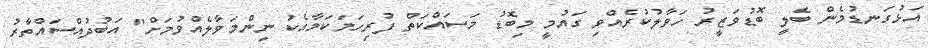
އަޅުގަނޑުމެން ބެލީ ބޮޑުވަޒީރު ހަވާލުކުރެއްވި ގައުމީ މިބޮޑު މަސައްކަތް ފުރިހަމަކަމާއެކު ނިންމަވާލެއްވުމަށް" އަބުދުއްސައްތާރު